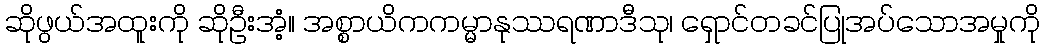
ဆိုဖွယ်အထူးကို ဆိုဦးအံ့။ အစ္စာယိကကမ္မာနုဿရဏာဒီသု၊ ရှောင်တခင်ပြုအပ်သောအမှုကို